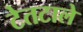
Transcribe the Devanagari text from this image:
टेतटाले